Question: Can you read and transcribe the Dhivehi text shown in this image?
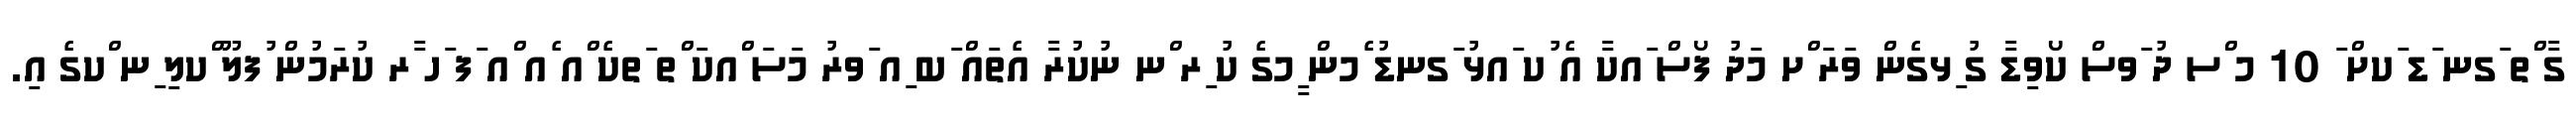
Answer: ގާ ްތ ަގނ ަޑ ަކށް ަ 10 މ ްސ ދު ަވސް ކޯވިޑާ ގު ިޅގެން ވަރަ ްށ މަދު ފޯސް ައކާ އެ ުކ ައޅު ަގނޑު ެމން ީމގެ ކު ިރ ްނ ނުކުރާ އެތައް ަބ ިއ ަވރު މަސަ ްއކަ ްތ ަތކެ ްއ ެއ ްއ ަފ ަހ ާރ ކުރަމުން ުފލޫ ްކލި ިނ ްކގެ އި.